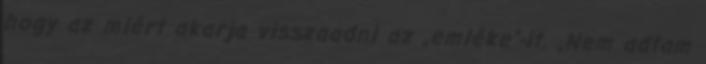
hogy az miért akarja visszaadni az „emléke”-it. „Nem adtam